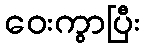
ဝေးကွာပြီး